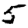
Digit: 5